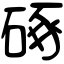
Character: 硺